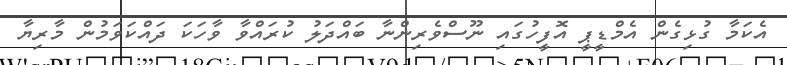
އެކަމާ ގުޅިގެން އެމްޑީޕީ އޮފީހުގައި ނޫސްވެރިންނާ ބައްދަލު ކުރައްވާ ވާހަކަ ދައްކަވަމުން މާރިޔާ